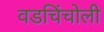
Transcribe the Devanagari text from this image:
वडचिंचोली